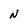
Character: N